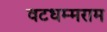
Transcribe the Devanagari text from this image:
वटधम्मराम